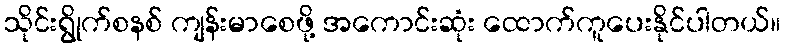
သိုင်းရွိုက်စနစ် ကျန်းမာစေဖို့ အကောင်းဆုံး ထောက်ကူပေးနိုင်ပါတယ်။